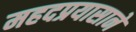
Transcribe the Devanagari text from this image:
महदप्रयासाने